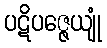
ပဋိပဇ္ဇေယျုံ